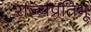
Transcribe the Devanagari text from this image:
राज्यप्रतिभू